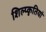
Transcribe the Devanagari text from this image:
शिल्प्कृतियां